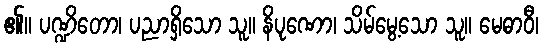
၏။ ပဏ္ဍိတော၊ ပညာရှိသော သူ။ နိပုဏော၊ သိမ်မွေ့သော သူ။ မေဓာဝီ၊